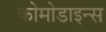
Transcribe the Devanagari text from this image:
कोमोडाइन्स